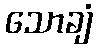
သောချံ